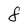
Character: 8